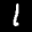
Label: 1